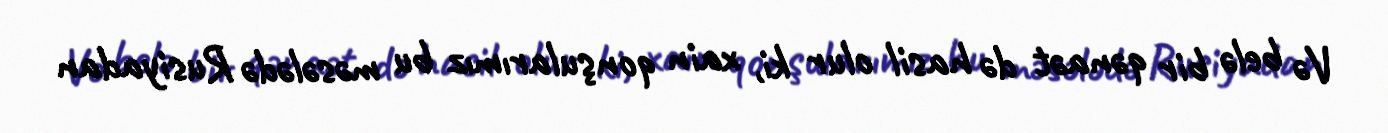
Və belə bir qənaət də hasil olur ki, xain qonşularımız bu məsələdə Rusiyadan